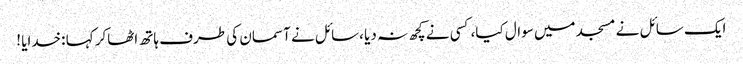
ایک سائل نے مسجد میں سوال کیا،کسی نے کچھ نہ دیا ،سائل نے آسمان کی طرف ہاتھ اٹھاکر کہا :خدایا !